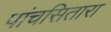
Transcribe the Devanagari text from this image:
पांचसितारा